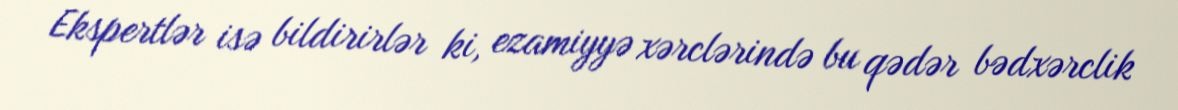
Ekspertlər isə bildirirlər ki, ezamiyyə xərclərində bu qədər bədxərclik